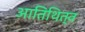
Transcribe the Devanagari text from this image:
आतिथित्व